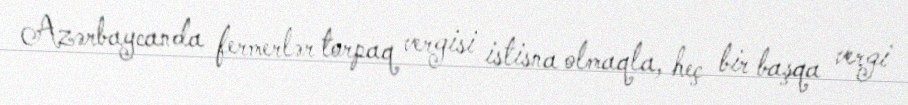
Azərbaycanda fermerlər torpaq vergisi istisna olmaqla, heç bir başqa vergi